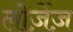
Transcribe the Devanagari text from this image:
लोज़ेंज़